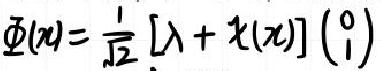
\[\Phi(x)=\frac{1}{\sqrt{2}}[\lambda + \mathcal{X}(x)]\begin{pmatrix}0\\1\end{pmatrix}\]